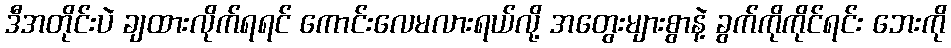
ဒီအတိုင်းပဲ ချထားလိုက်ရရင် ကောင်းလေမလားရယ်လို့ အတွေးများစွာနဲ့ ခွက်ကိုကိုင်ရင်း ဘေးကို